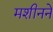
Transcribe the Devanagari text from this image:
मशीनने